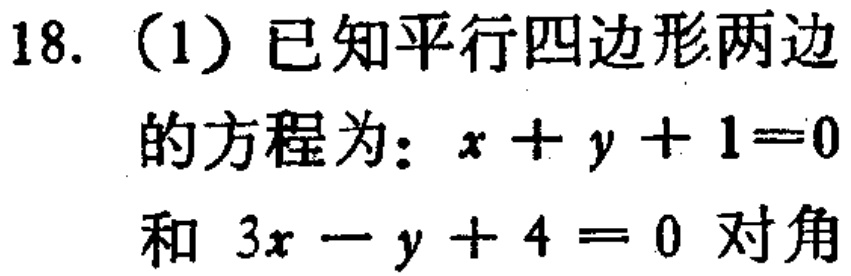
18. （1）已知平行四边形两边
的方程为：\(x + y + 1 = 0\)
和 \(3x - y + 4 = 0\) 对角